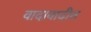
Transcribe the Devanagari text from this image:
वादावादीत